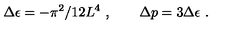
\Delta \epsilon = - \pi ^ { 2 } / 1 2 L ^ { 4 } \ , \qquad \Delta p = 3 \Delta \epsilon \ .